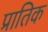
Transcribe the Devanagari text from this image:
प्रातिक